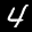
Label: 4